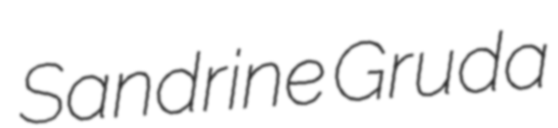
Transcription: Sandrine Gruda